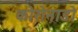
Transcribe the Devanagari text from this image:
कोरोनाडो